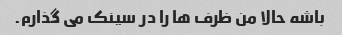
باشه حالا من ظرف ها را در سینک می گذارم.